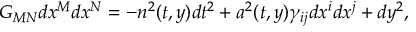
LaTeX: G _ { M N } d x ^ { M } d x ^ { N } = - n ^ { 2 } ( t , y ) d t ^ { 2 } + a ^ { 2 } ( t , y ) \gamma _ { i j } d x ^ { i } d x ^ { j } + d y ^ { 2 } ,